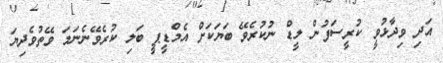
އަދި ވިދާޅުވީ ކުރީސަފުން ލީޑް ނުކުރެވޭ ބަޔަކަށް އެމްޑީޕީ ބަލި ކުރެވޭނެނަމަ ވޭތުވެދިޔަ